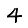
Digit: 4